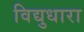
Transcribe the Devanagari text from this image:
विद्युधारा